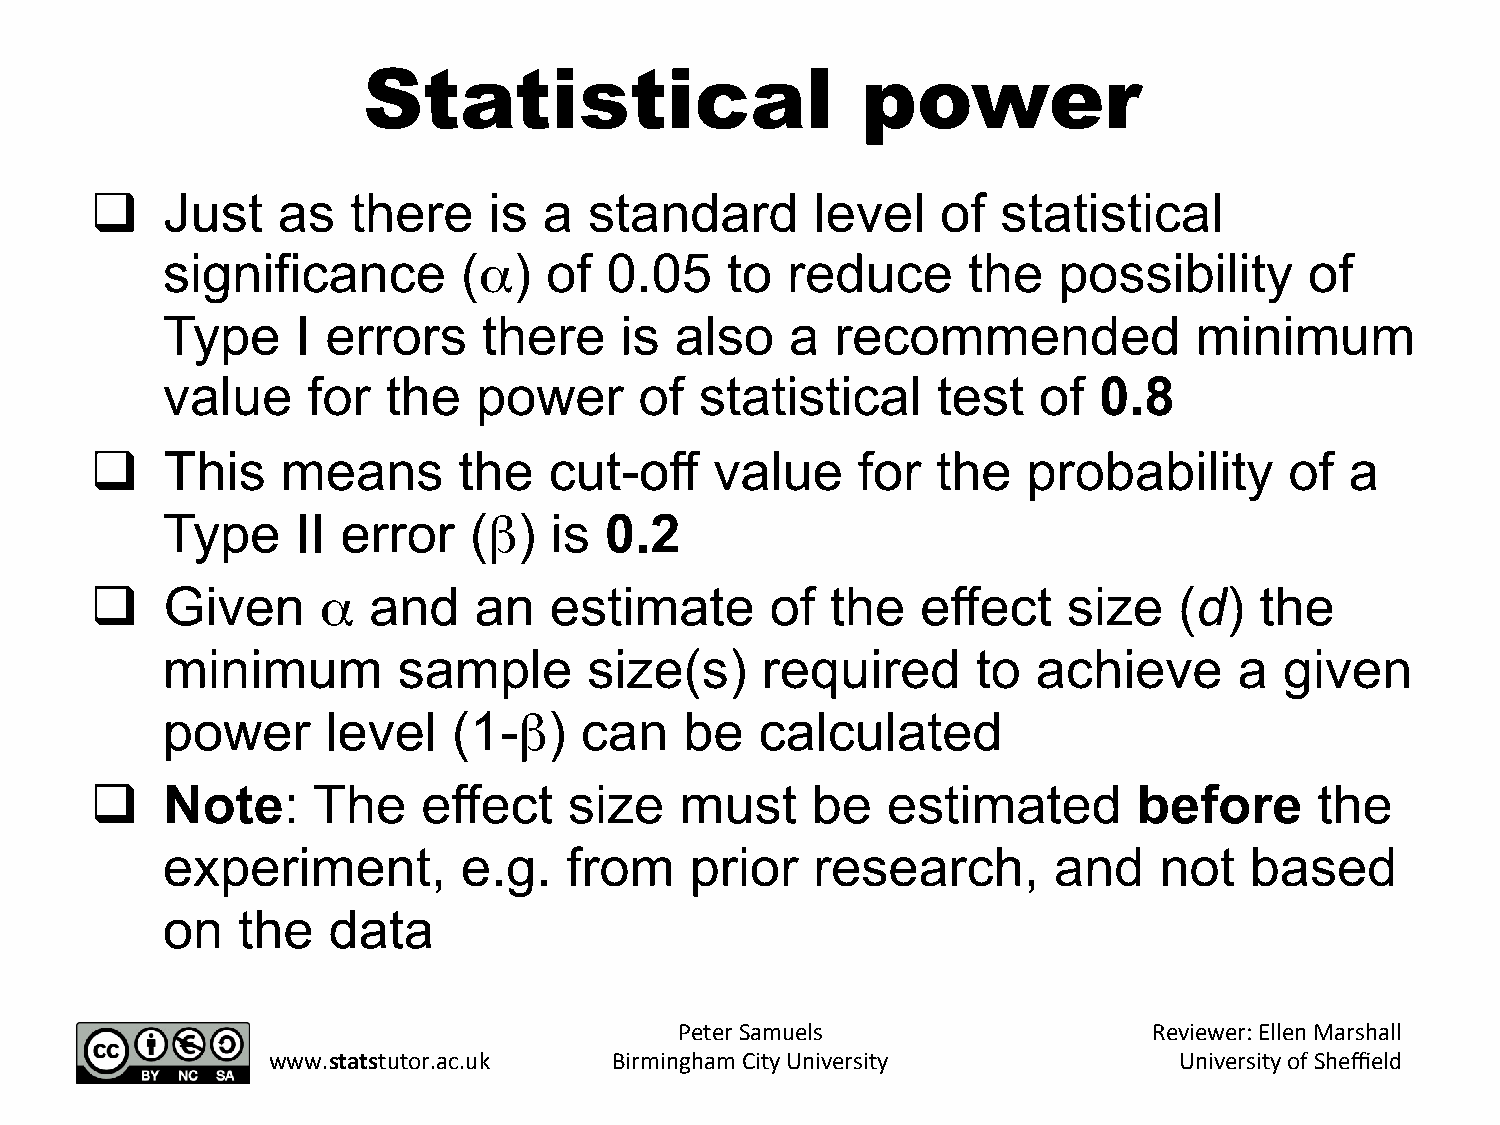
Statistical                      power
 q   Just   as   there    is  a  standard       level   of  statistical
 significance        (α)  of  0.05    to  reduce      the   possibility      of
 Type     I errors    there    is  also   a  recommended             minimum
 value    for   the   power     of  statistical     test   of  0.8
 q   This    means      the   cut-off    value     for  the   probability      of  a
 Type     II error   (β)  is  0.2
 q   Given     α  and    an   estimate       of  the   effect    size   (d)  the
 minimum        sample       size(s)    required       to  achieve      a  given
 power      level   (1-β)   can    be   calculated
 q   Note:     The    effect    size   must     be   estimated       before      the
 experiment,         e.g.  from     prior   research,       and    not   based
 on   the   data
 Peter Samuels                  Reviewer: Ellen Marshall
 www.statstutor.ac.uk   Birmingham City University           University of Sheffield